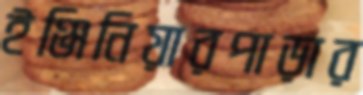
ইঞ্জিনিয়ারপাড়ার